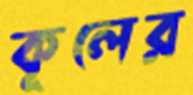
কূলের